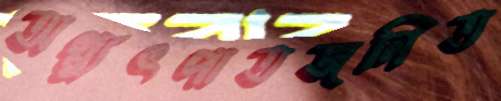
অগ্ন্যুৎপাতজনিত